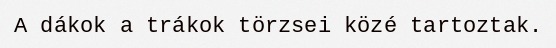
A dákok a trákok törzsei közé tartoztak.